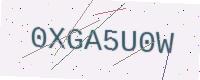
Text: 0XGA5U0W